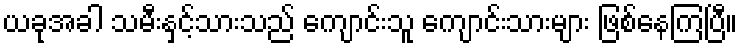
ယခုအခါ သမီးနှင့်သားသည် ကျောင်းသူ ကျောင်းသားများ ဖြစ်နေကြပြီ။